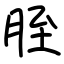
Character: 胵